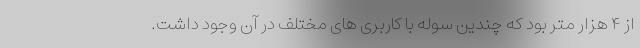
از ۴ هزار متر بود که چندین سوله با کاربری های مختلف در آن وجود داشت.